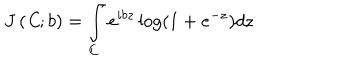
J \left( { \it C } ; b \right) = \int _ { { \it C } } e ^ { i b z } \log \left( 1 + e ^ { - z } \right) d z